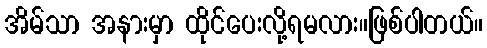
အိမ်သာ အနားမှာ ထိုင်ပေးလို့ရမလား။ဖြစ်ပါတယ်။